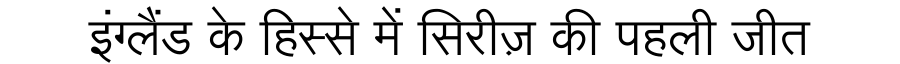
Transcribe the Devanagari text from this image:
इंग्लैंड के हिस्से में सिरीज़ की पहली जीत